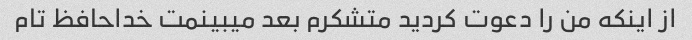
از اینکه من را دعوت کردید متشکرم بعد میبینمت خداحافظ تام